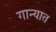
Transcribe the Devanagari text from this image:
गान्यात